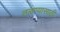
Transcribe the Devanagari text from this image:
तळण्यासाठी